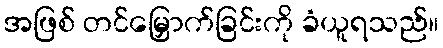
အဖြစ် တင်မြှောက်ခြင်းကို ခံယူရသည်။